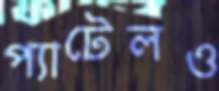
প্যাটেলও